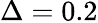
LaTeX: \Delta=0.2